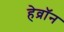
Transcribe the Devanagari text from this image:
हेव्रॉन